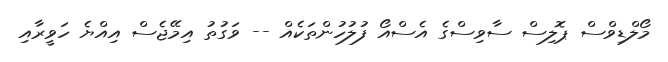
މޯލްޑިވްސް ޕޮލިސް ސާވިސްގެ އެސްއޯ ފުލުހުންތަކެއް -- ވަގުތު އިމޭޖެސް އިއްޔެ ހަވީރާއި